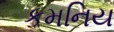
કમનિય